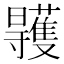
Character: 𣌏